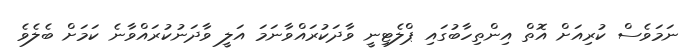
ނަމަވެސް ކުރިއަށް އޮތް އިންތިހާބުގައި ޕްލެޓިނީ ވާދަކުރައްވާނަމަ އަލީ ވާދަނުކުރައްވާނެ ކަމަށް ބެލެވެ